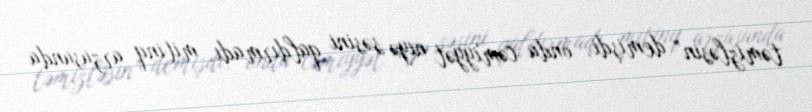
təmizləsin” demişdi, onda cəmiyyət niyə səsini qaldırmadı, mitinq arzusunda